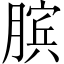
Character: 膑